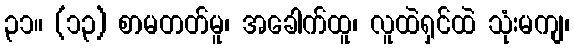
၃၁။ (၁၃) စာမတတ်မူ၊ အခေါက်ထူ၊ လူထဲရှင်ထဲ သုံးမကျ၊